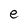
Character: e